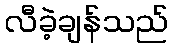
လီခဲ့ချန်သည်